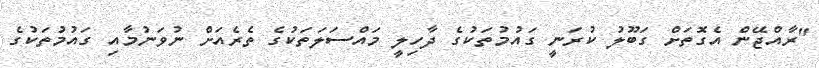
"ރާއްޖޭން އެގޮތަށް ގަބޫލު ކުރަނީ ގައުމުތަކުގެ ދާހިލީ މައްސަލަތަކުގެ ތެރެއަށް ނުވަނުމާއި ގައުމުތަކުގެ